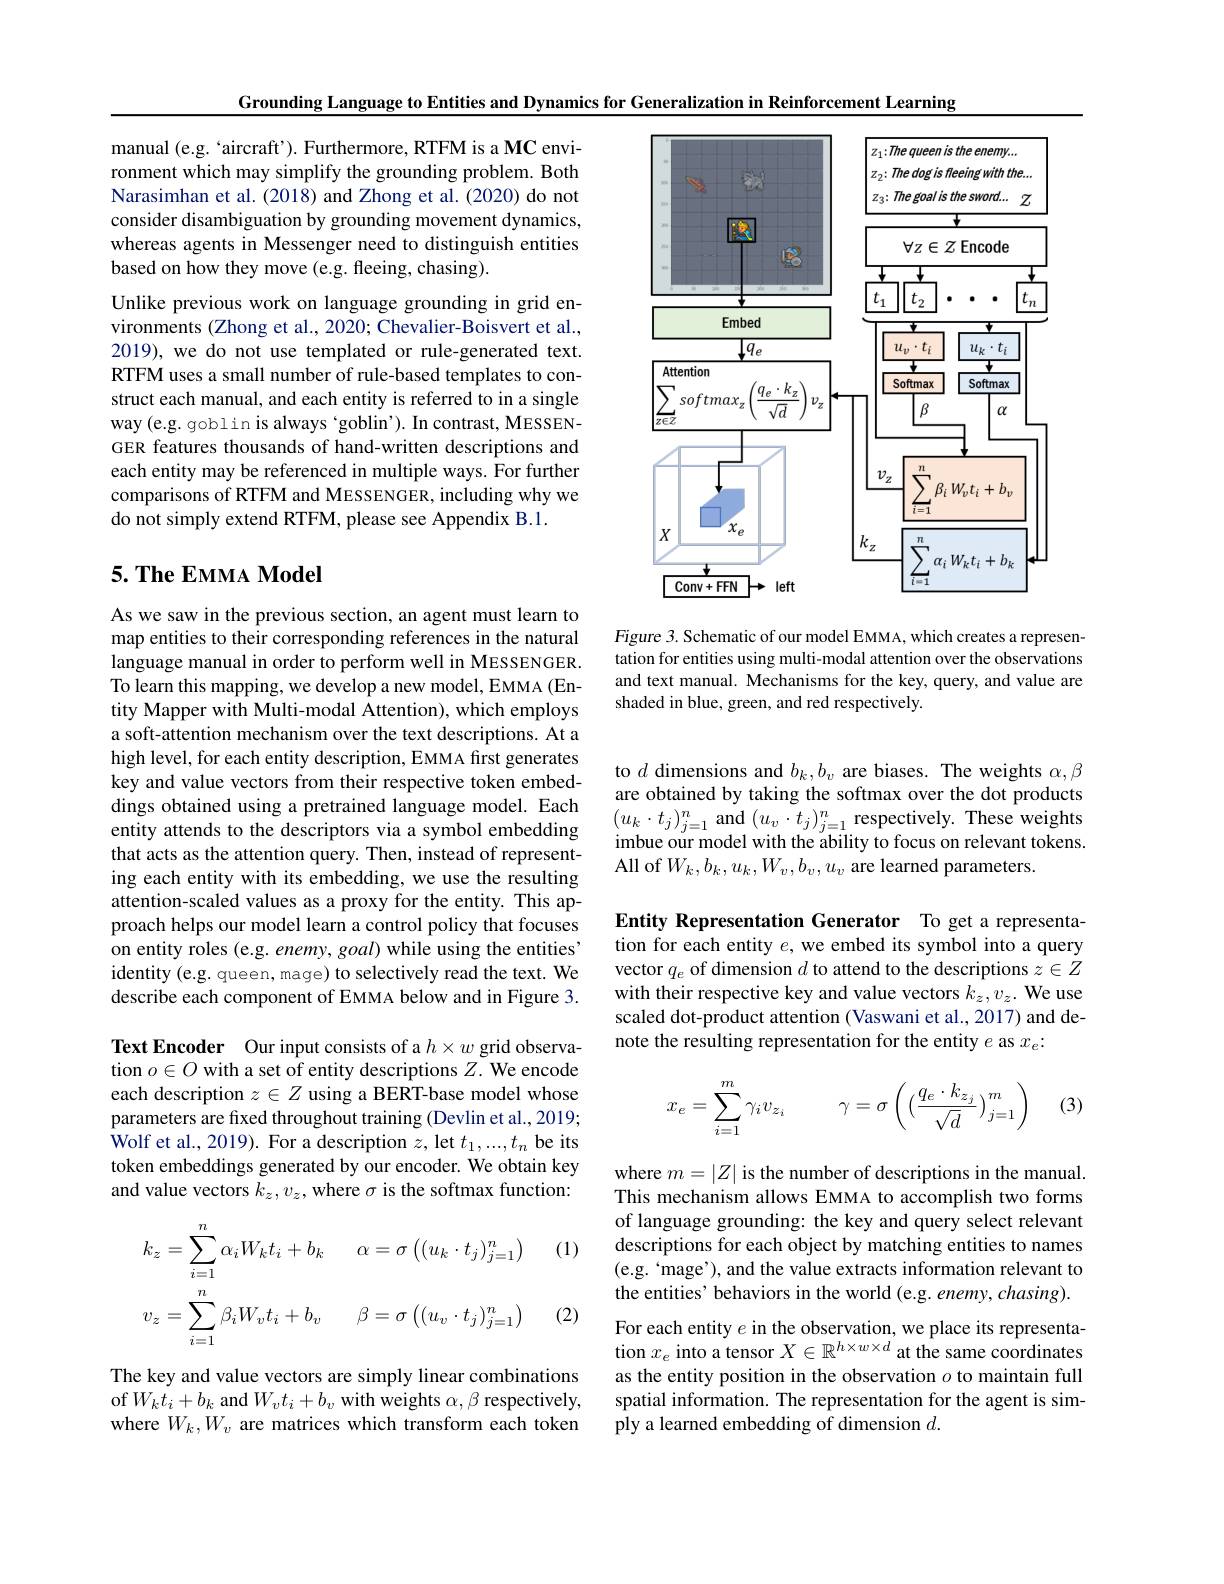
Grounding Language to Entities and Dynamics for Generalization in Reinforcement Learning

<FigureHere>

Figure 3. Schematic of our model EMMA, which creates a representation for entities using multi-modal attention over the observations and text manual. Mechanisms for the key, query, and value are shaded in blue, green, and red respectively.

manual (e.g.`aircraft'). Furthermore, RTFM is a MC environment which may simplify the grounding problem. Both Narasimhan et al. (2018) and Zhong et al. (2020) do not consider disambiguation by grounding movement dynamics, whereas agents in Messenger need to distinguish entities based on how they move (e.g. fleeing, chasing).

Unlike previous work on language grounding in grid environments (Zhong et al., 2020; Chevalier-Boisvert et al., 2019), we do not use templated or rule-generated text. RTFM uses a small number of rule-based templates to construct each manual, and each entity is referred to in a single way (e.g. goblin is always‘goblin’). In contrast, MESSENGER features thousands of hand-written descriptions and each entity may be referenced in multiple ways. For further comparisons of RTFM and MESSENGER, including why we do not simply extend RTFM, please see Appendix B.1.

## $5. \textbf{ The EMMA Model}$

As we saw in the previous section, an agent must learn to map entities to their corresponding references in the natural language manual in order to perform well in MESSENGER. To learn this mapping, we develop a new model, EMMA (Entity Mapper with Multi-modal Attention), which employs a soft-attention mechanism over the text descriptions. At a high level, for each entity description, EMMA first generates key and value vectors from their respective token embeddings obtained using a pretrained language model. Each entity attends to the descriptors via a symbol embedding that acts as the attention query. Then, instead of representing each entity with its embedding, we use the resulting attention-scaled values as a proxy for the entity. This approach helps our model learn a control policy that focuses on entity roles (e.g. enemy, goal) while using the entities' identity (e.g. queen, mage) to selectively read the text. We describe each component of EMMA below and in Figure 3. Text Encoder Our input consists of a $h\times w$ grid observation $o\in O$ with a set of entity descriptions $Z.$ We encode each description $z\in Z$ using a BERT-base model whose parameters are fixed throughout training (Devlin et al., 2019; Wolf et al., 2019). For a description $z$, let $t_1,...,t_n$ be its token embeddings generated by our encoder. We obtain key and value vectors $k_z,v_z$,where $\sigma$ is the softmax function:

(1)
$$k_{z}=\sum_{i=1}^{n}\alpha_{i}W_{k}t_{i}+b_{k}\quad\alpha=\sigma\left((u_{k}\cdot t_{j})_{j=1}^{n}\right)\\v_{z}=\sum_{i=1}^{n}\beta_{i}W_{v}t_{i}+b_{v}\quad\beta=\sigma\left((u_{v}\cdot t_{j})_{j=1}^{n}\right)$$
(2)

The key and value vectors are simply linear combinations of$W_kt_i+b_k$ and $W_vt_i+b_v$ with weights $\alpha,\beta$ respectively, where $W_k,W_v$ are matrices which transform each token

to $d$ dimensions and $b_k,b_v$ are biases. The weights $\alpha,\beta$ are obtained by taking the softmax over the dot products $\begin{array}{l}{(u_{k}\cdot t_{j})_{j=1}^{n}\mathrm{~and~}(u_{v}\cdot t_{j})_{j=1}^{n}\mathrm{~respectively.~These~weights}}\\{(u_{k}\cdot t_{j})_{j=1}^{n}\mathrm{~and~}(u_{v}\cdot t_{j})_{j=1}^{n}\mathrm{~respectively.~These~weights}}\\{(u_{k}\cdot t^{\prime})_{j=1}^{n}\mathrm{~and~}(u_{v}\cdot t_{j})_{j=1}^{n}\mathrm{~respectively.~These~w}}\end{array}$ imbue our model with the ability to focus on relevant tokens. All of $W_k,b_{k},u_{k},W_{v},b_{v},u_{v}$ are learned parameters.

Entity Representation Generator To get a representation for each entity $e$, we embed its symbol into a query vector $q_e$ of dimension $d$ to attend to the descriptions $z\in Z$ with their respective key and value vectors $k_z,v_z.$ We use scaled dot-product attention (Vaswani et al., 2017) and denote the resulting representation for the entity $e$ as $x_e:$

(3)
$$x_e=\sum_{i=1}^m\gamma_iv_{z_i}\quad\gamma=\sigma\left(\left(\frac{q_e\cdot k_{z_j}}{\sqrt{d}}\right)_{j=1}^m\right)$$
where $m=|Z|$ is the number of descriptions in the manual. This mechanism allows EMMA to accomplish two forms of language grounding: the key and query select relevant descriptions for each object by matching entities to names (e.g. 'mage'), and the value extracts information relevant to the entities' behaviors in the world (e.g. enemy, chasing). For each entity $e$ in the observation, we place its representation $x_e$ into a tensor $X\in\mathbb{R}^h\times w\times d$ at the same coordinates as the entity position in the observation $o$ to maintain full spatial information. The representation for the agent is simply a learned embedding of dimension $d.$